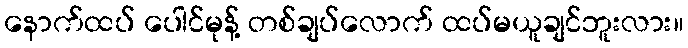
နောက်ထပ် ပေါင်မုန့် တစ်ချပ်လောက် ထပ်မယူချင်ဘူးလား။